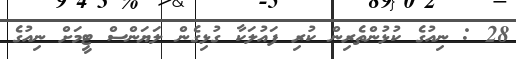
28 : ނިއުގެ ކުޅުންތެރިން ކުރި ފައުލަކާ ގުޅިގެން ލަޔަންސް ޓީމަށް ނިއުގެ